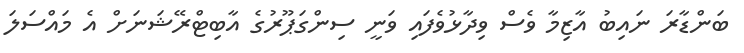
ބަންޑާރަ ނައިބު އާޒިމާ ވެސް ވިދާޅުވެފައި ވަނީ ސިންގަޕޫރުގެ އާބިޓްރޭޝަނަށް އެ މައްސަލަ